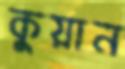
কুয়ান